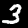
Digit: 3